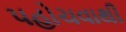
પહોચવાથી